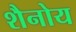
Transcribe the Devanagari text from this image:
शैनोय